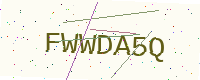
Text: FWWDA5Q